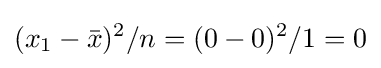
(x_{1}-{\bar {x}})^{2}/n=(0-0)^{2}/1=0